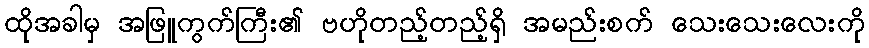
ထိုအခါမှ အဖြူကွက်ကြီး၏ ဗဟိုတည့်တည့်ရှိ အမည်းစက် သေးသေးလေးကို